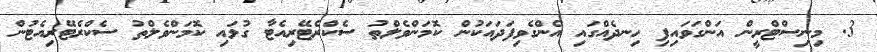
3. މިނިސްޓްރީން އަންގަވައިފި ހިނދެއްގައި އެންގެވިފަދައަކުން ކޮމަންވެލްތު ސެކްރެޓޭރިއެޓާ ގުޅައި ކޮމަންވެލްތު ސެކްރެޓޭރިއެޓުން